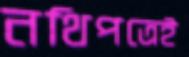
নথিপত্রেই